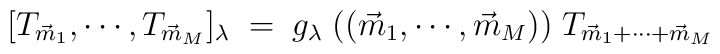
[ T_{\vec m_1},\cdots, T_{\vec m_M} ]_\lambda\;=\; g_\lambda\;(( \vec m_1,\cdots, \vec m_M))\;T_{\vec m_1 +\cdots + \vec m_M}